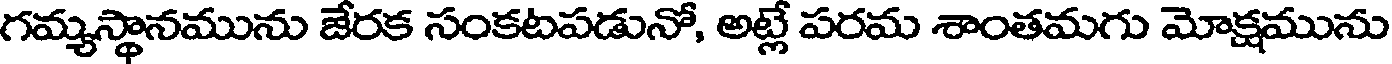
గమ్యస్థానమును జేరక సంకటపడునో, అట్లే పరమ శాంతమగు మోక్షమును